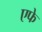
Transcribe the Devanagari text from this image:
एफे